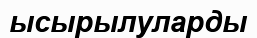
ысырылуларды